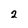
Character: 2